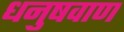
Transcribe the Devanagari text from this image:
धनुषवाण